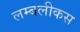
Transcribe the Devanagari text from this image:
लम्बलीकस